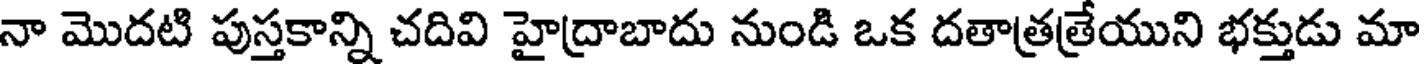
నా మొదటి పుస్తకాన్ని చదివి హైద్రాబాదు నుండి ఒక దతాత్రత్రేయుని భక్తుడు మా